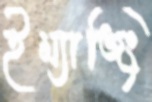
ইম্যাজিং